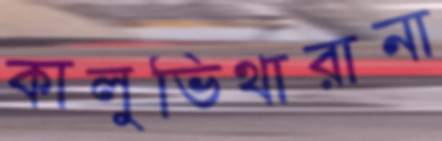
কালুভিথারানা